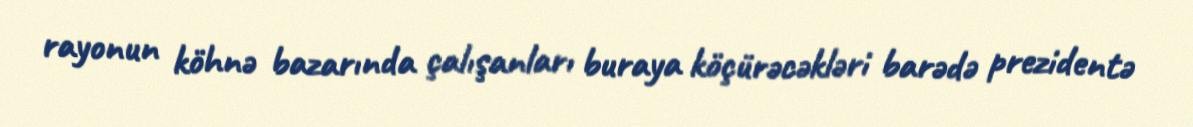
rayonun köhnə bazarında çalışanları buraya köçürəcəkləri barədə prezidentə